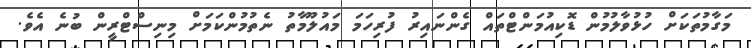
މަގާމުތަކަށް ހުޅުވާލުމުން ޑޮކިއުމަންޓްތައް ގެންނައިރު ފުރިހަމަ މައުލޫމާތު ނެތުމުންކަމަށް މިނިސްޓްރީން ބުނެ އެވެ.